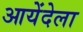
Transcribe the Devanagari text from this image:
आयेंदेला